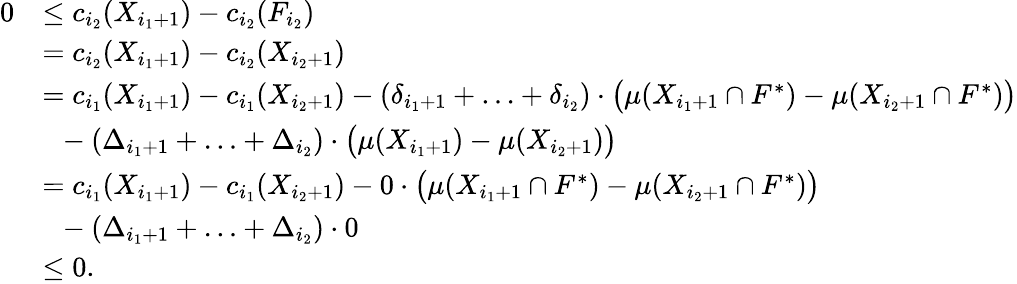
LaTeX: \begin{array}{rl}{0}&{\le c_{i_{2}}(X_{i_{1}+1})-c_{i_{2}}(F_{i_{2}})}\\ {}&{=c_{i_{2}}(X_{i_{1}+1})-c_{i_{2}}(X_{i_{2}+1})}\\ {}&{=c_{i_{1}}(X_{i_{1}+1})-c_{i_{1}}(X_{i_{2}+1})-(\delta_{i_{1}+1}+\ldots+\delta_{i_{2}})\cdot\big(\mu(X_{i_{1}+1}\cap F^{*})-\mu(X_{i_{2}+1}\cap F^{*})\big)}\\ {}&{~~-(\Delta_{i_{1}+1}+\ldots+\Delta_{i_{2}})\cdot\big(\mu(X_{i_{1}+1})-\mu(X_{i_{2}+1})\big)}\\ {}&{=c_{i_{1}}(X_{i_{1}+1})-c_{i_{1}}(X_{i_{2}+1})-0\cdot\big(\mu(X_{i_{1}+1}\cap F^{*})-\mu(X_{i_{2}+1}\cap F^{*})\big)}\\ {}&{~~-(\Delta_{i_{1}+1}+\ldots+\Delta_{i_{2}})\cdot 0}\\ {}&{\le 0.}\end{array}